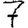
Digit: 7